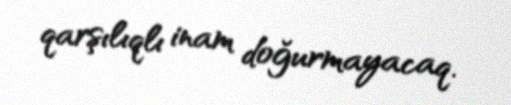
qarşılıqlı inam doğurmayacaq.